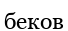
беков